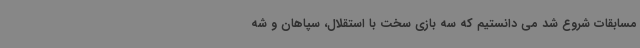
مسابقات شروع شد می دانستیم که سه بازی سخت با استقلال، سپاهان و شه